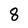
Character: 8